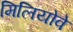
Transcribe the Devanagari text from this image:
मिलियोवे